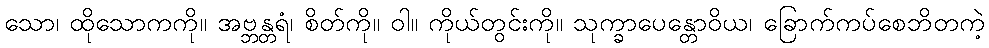
သော၊ ထိုသောကကို။ အဗ္ဘန္တရံ၊ စိတ်ကို။ ဝါ။ ကိုယ်တွင်းကို။ သုက္ခာပေန္တောဝိယ၊ ခြောက်ကပ်စေဘိတကဲ့